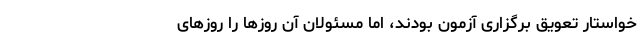
خواستار تعویق برگزاری آزمون بودند، اما مسئولان آن روزها را روز‌های